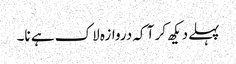
پہلے دیکھ کر آ کہ دروازہ لاک ہے نا۔